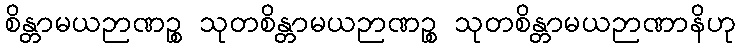
စိန္တာမယဉာဏဉ္စ သုတစိန္တာမယဉာဏဉ္စ သုတစိန္တာမယဉာဏာနိဟု